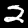
Digit: 2